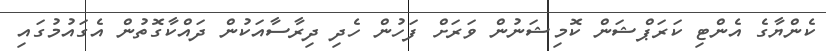
ކެންޔާގެ އެންޓި ކަރަޕްޝަން ކޮމިޝަނުން ވަރަށް ފަހުން ހެދި ދިރާސާއަކުން ދައްކާގޮތުން އެގައުމުގައި